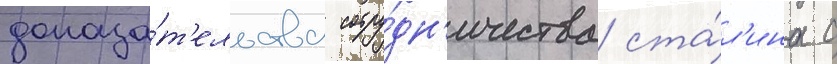
доказа́т'ельства сотру́дн'ичества ста́л'ина с